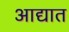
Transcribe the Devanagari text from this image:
आद्यात